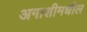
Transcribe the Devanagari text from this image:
अगाशीमधील